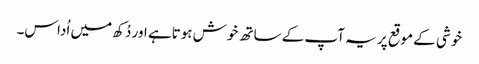
خوشی کے موقع پر یہ آپ کے ساتھ خوش ہوتاہے اور دُکھ میں اُداس۔